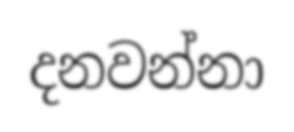
දනවන්නා